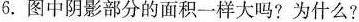
6.图中阴影部分的面积一样大吗?为什么?